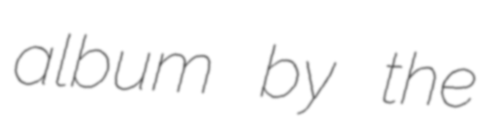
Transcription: album by the